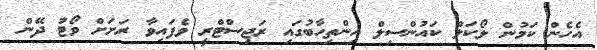
އެހެން ކަމުން ލޯކަލް ކައުންސިލް އިންތިހާބުގައި ރަޖިސްޓްރީ ވެފައިވާ ރަށަށް ވޯޓު ދޭން